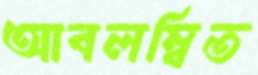
আবলম্বিত